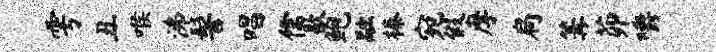
雩丑喉沸髻唱儒歇鲍融榛宛假摩扃篝茆嚼